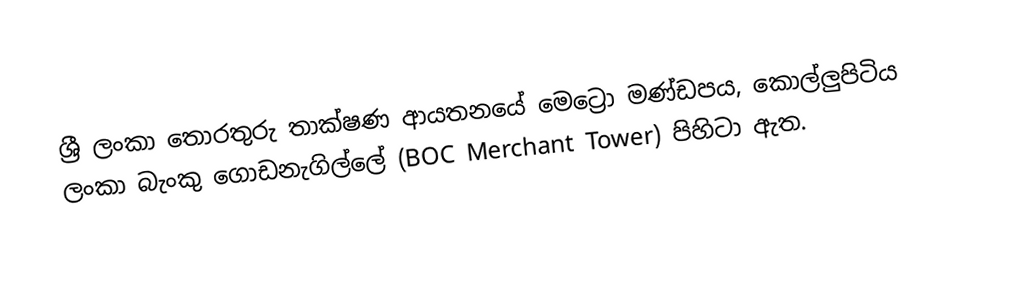
ශ්‍රී ලංකා තොරතුරු තාක්ෂණ ආයතනයේ මෙට්‍රො මණ්ඩපය, කොල්ලුපිටිය ලංකා බැංකු ගොඩනැගිල්ලේ (BOC Merchant Tower) පිහිටා ඇත.